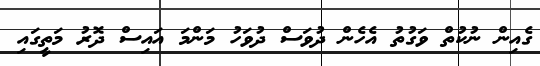
ގެއިން ނުކުތް ވަގުތު އެހެން ދުވަސް ދުވަހު މަންމަ އައިސް ދޮރު މަތީގައި